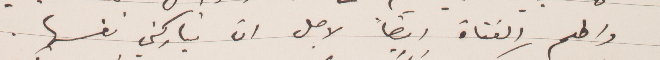
واطعم الفتاة ايضًا لأجل أن تباركني نفسها